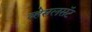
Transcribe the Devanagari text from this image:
व्हेसलसॅट